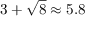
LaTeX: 3 + { \sqrt { 8 } } \approx 5 . 8